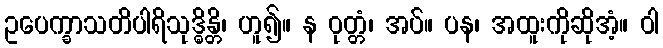
ဥပေက္ခာသတိပါရိသုဒ္ဓိန္တိ၊ ဟူ၍။ န ဝုတ္တံ၊ အပ်။ ပန၊ အထူးကိုဆိုအံ့။ ဝါ